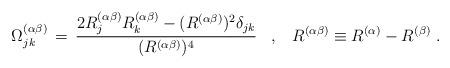
LaTeX: \begin{align*}\Omega^{(\alpha\beta)}_{jk}\,=\, \frac{2 R^{(\alpha\beta)}_j R^{(\alpha\beta)}_k - (R^{(\alpha\beta)})^2 \delta_{jk} }{(R^{(\alpha\beta)})^4}\;\;\;,\;\;\; R^{(\alpha\beta)} \equiv R^{(\alpha)}-R^{(\beta)}\;.\end{align*}